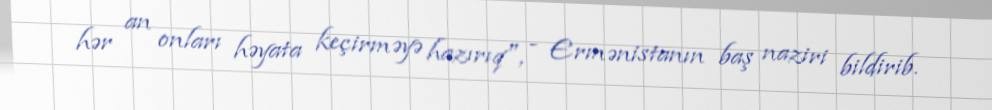
hər an onları həyata keçirməyə hazırıq", - Ermənistanın baş naziri bildirib.